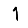
Digit: 1